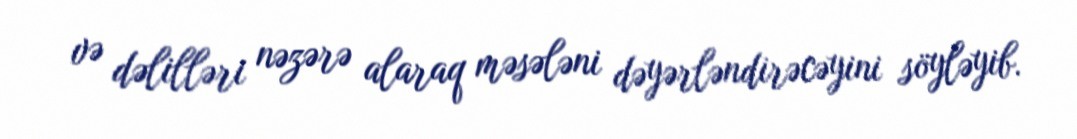
və dəlilləri nəzərə alaraq məsələni dəyərləndirəcəyini söyləyib.